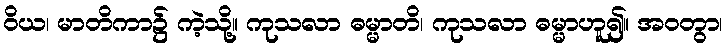
ဝိယ၊ မာတိကာ၌ ကဲ့သို့။ ကုသလာ ဓမ္မာတိ၊ ကုသလာ ဓမ္မာဟူ၍။ အဝတွာ၊